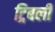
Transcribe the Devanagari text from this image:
ट्रिबली